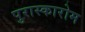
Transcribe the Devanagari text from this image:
पुरास्कारोम